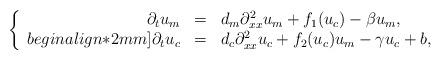
LaTeX: \begin{align*}\left\{ \begin{array}{rcl}\partial_{t}u_m &=& d_m \partial^2_{xx} u_m + f_1(u_c) - \beta u_m, \\begin{align*}2mm]\partial_{t}u_c &=& d_c \partial^2_{xx} u_c + f_2(u_c) u_m - \gamma u_c + b,\end{array}\right.\end{align*}